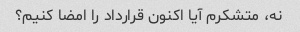
نه، متشکرم آیا اکنون قرارداد را امضا کنیم؟